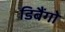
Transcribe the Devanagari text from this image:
डिबैंगो